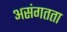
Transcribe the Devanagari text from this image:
असंगतता